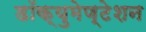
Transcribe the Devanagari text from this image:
डॉक्युमेण्टेशन